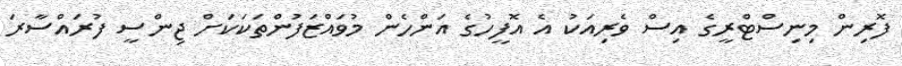
ފޮރިން މިނިސްޓްރީގެ އިސް ވެރިއަކު އެ އޮފީހުގެ އަންހެން މުވައްޒަފުންތަކަކަށް ޖިންސީ ފުރައްސާރަ